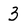
Character: 3